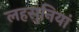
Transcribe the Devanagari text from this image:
लहसुनियां